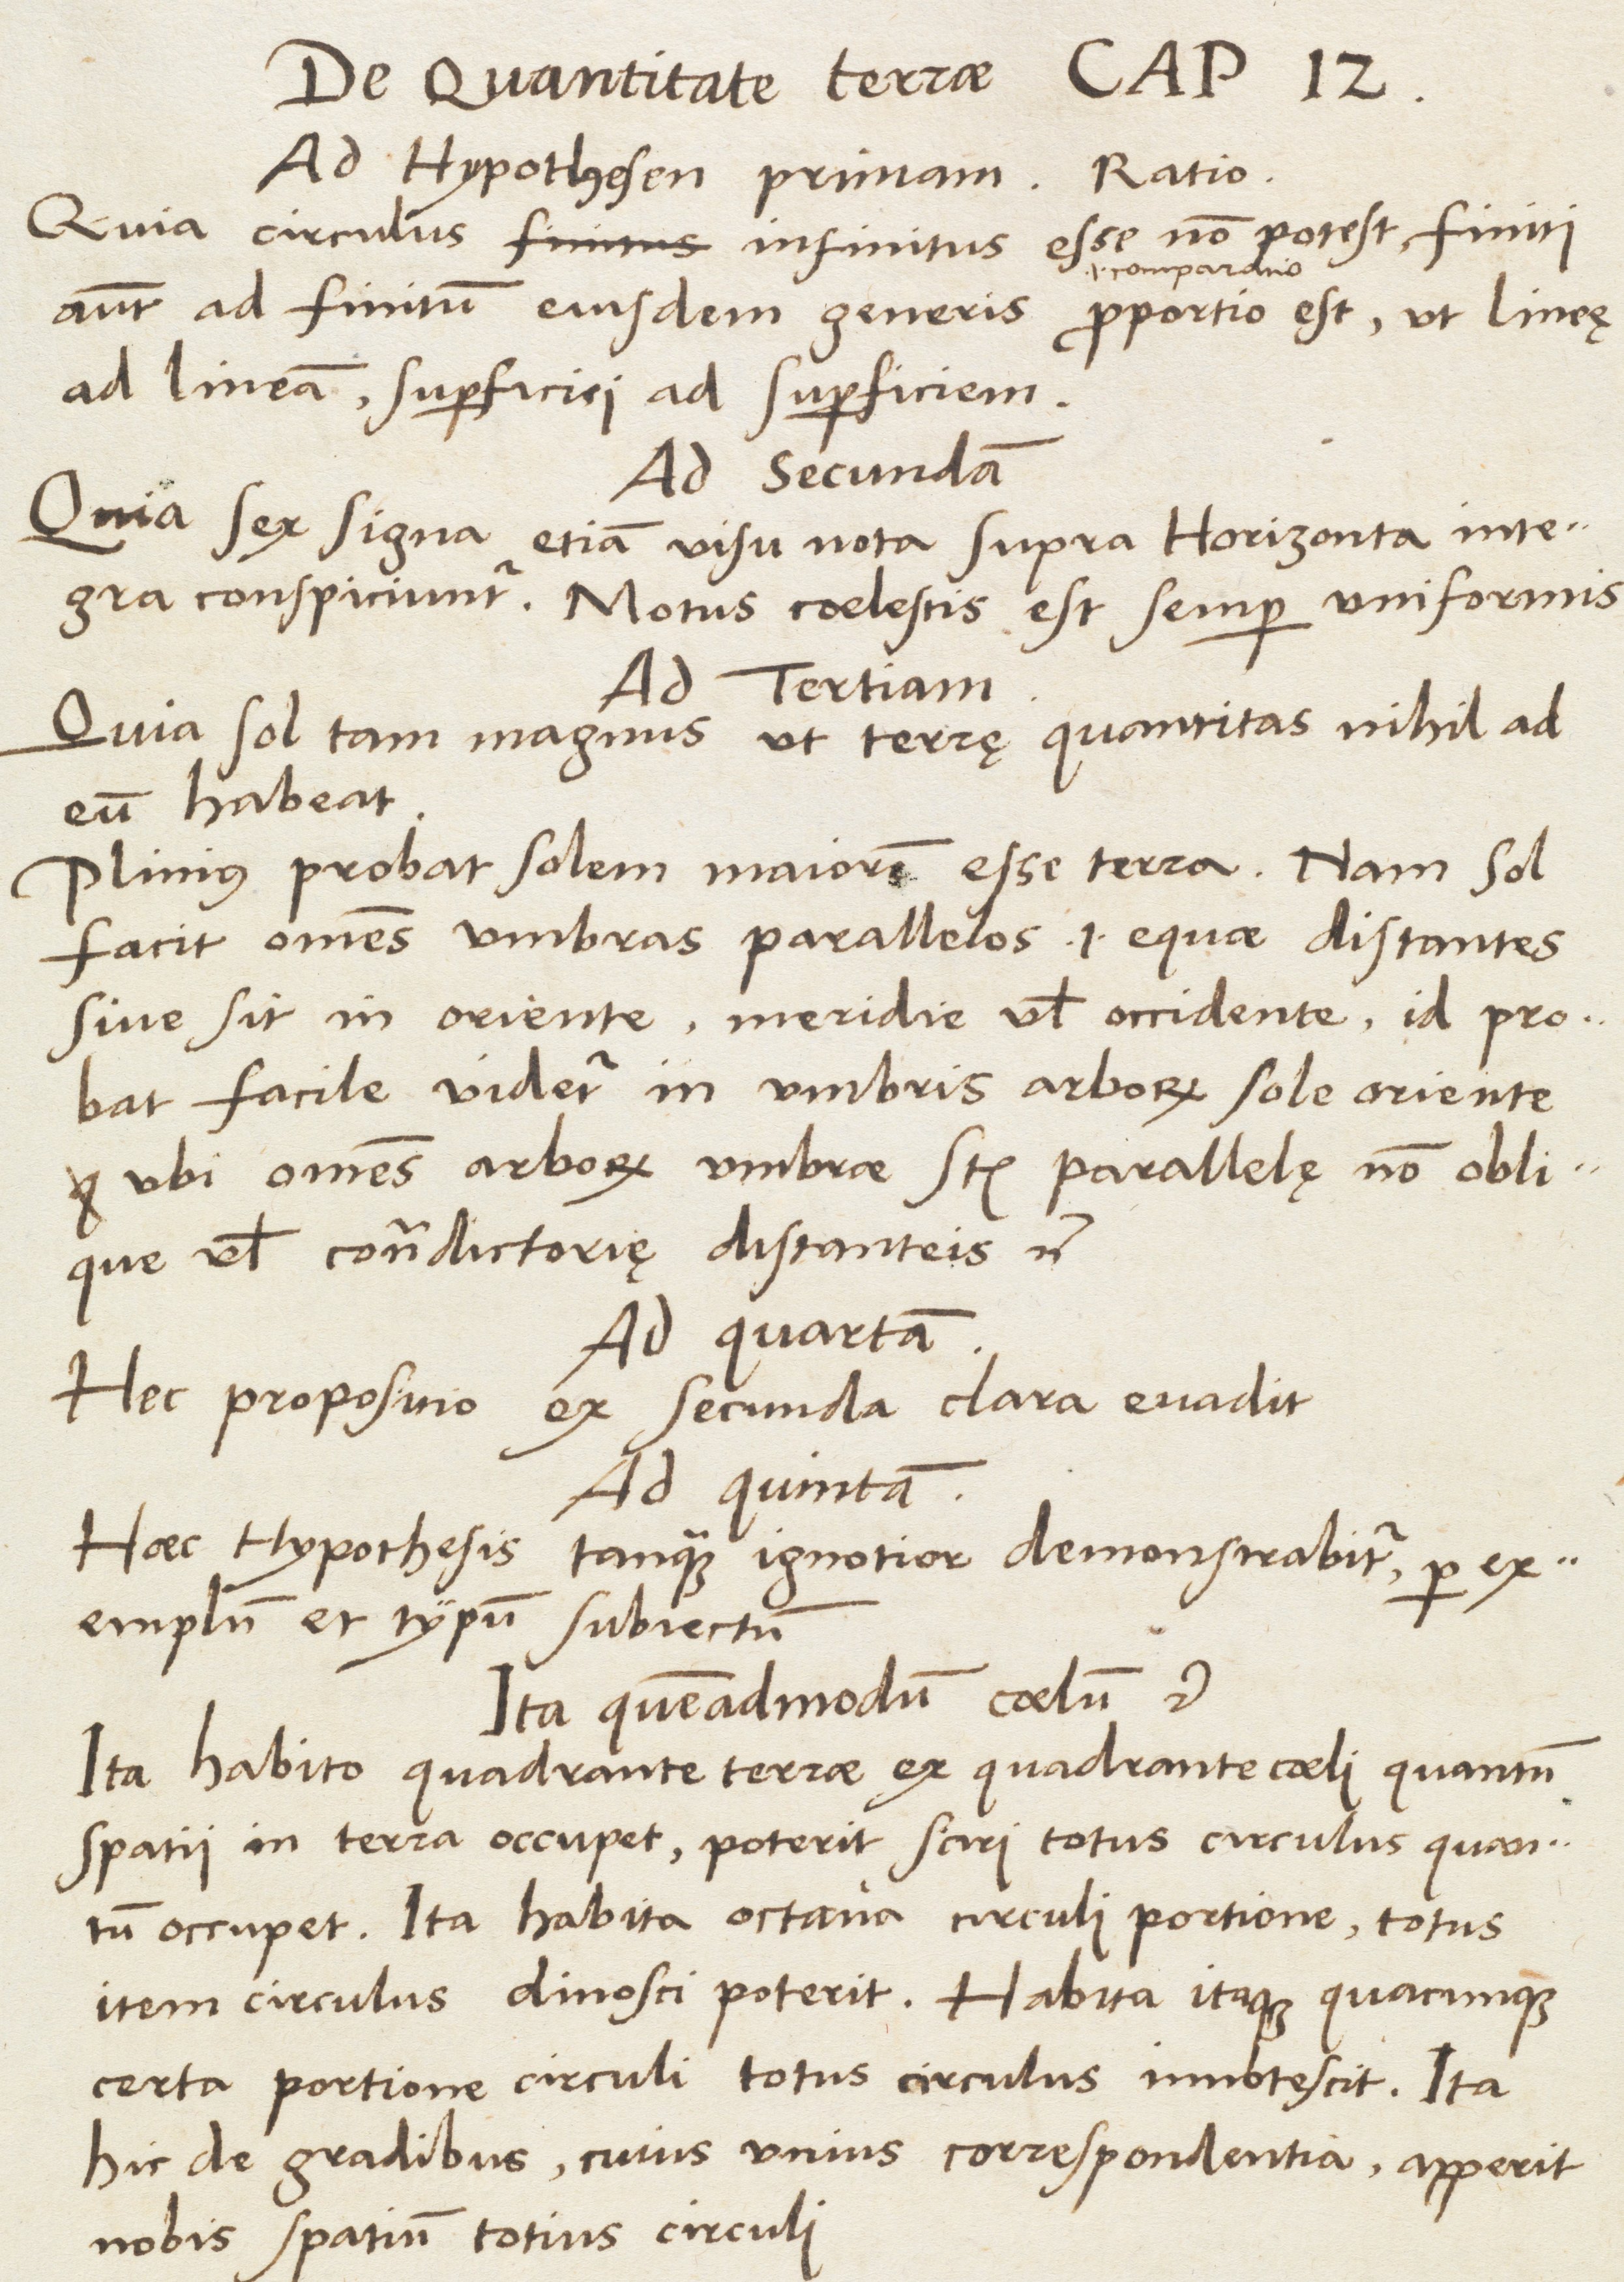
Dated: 1537–1537